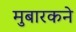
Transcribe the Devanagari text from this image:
मुबारकने